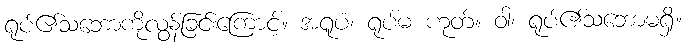
ရုပ်၏သဘောကိုလွန်ခြင်းကြောင့်။ အရူပံ၊ ရုပ်မ ဟုတ်။ ဝါ၊ ရုပ်၏သဘောမရှိ။